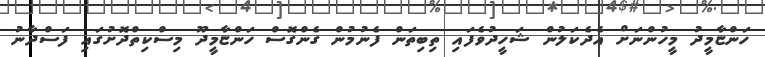
ހަންޏާމީދު މީހުންނަށް އެދެކަލުން ޝަހީދުވެފައި ތިބިތަން ފެނުމުން ގެންގޮސް ހަންޏާމީދޫ މިސްކިތްދޮށުގައި ފަސްދާނު